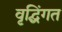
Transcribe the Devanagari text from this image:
वृद्घिंगत